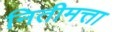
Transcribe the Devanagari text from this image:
नितीमत्ता